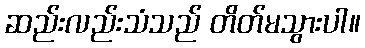
ဆည်းလည်းသံသည် တိတ်မသွားပါ။